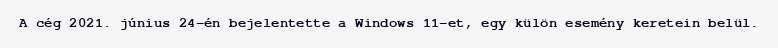
A cég 2021. június 24-én bejelentette a Windows 11-et, egy külön esemény keretein belül.